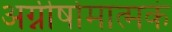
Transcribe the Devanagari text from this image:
अग्नीषोमात्मकं